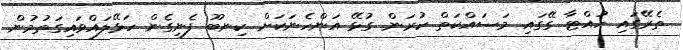
ތެރޭގައި ހުއްޓާ ގޭގައި މަސައްކަތް ކުރަން ގުޅޭ އަންހެނަކަށް ކިނބޫ ފެނިގެން ހަޅޭލައްވައިގަތުމުން